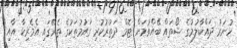
ހުނަރު ދައްކާލުމުގެ ޝޯތައް ބޭއްވުމަށް ޓޮމް ދަތުރުކުރި ގައުމުތަކުގެ ތެރޭގައި އެމެރިކާ އާއި